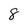
Character: 8